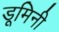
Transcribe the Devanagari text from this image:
डूमिनी